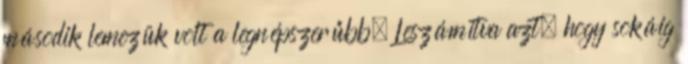
második lemezük volt a legnépszerűbb. Leszámítva azt, hogy sokáig